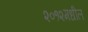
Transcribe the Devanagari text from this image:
२०१२मधील